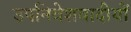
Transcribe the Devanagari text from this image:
उपनिवेशवादीयों